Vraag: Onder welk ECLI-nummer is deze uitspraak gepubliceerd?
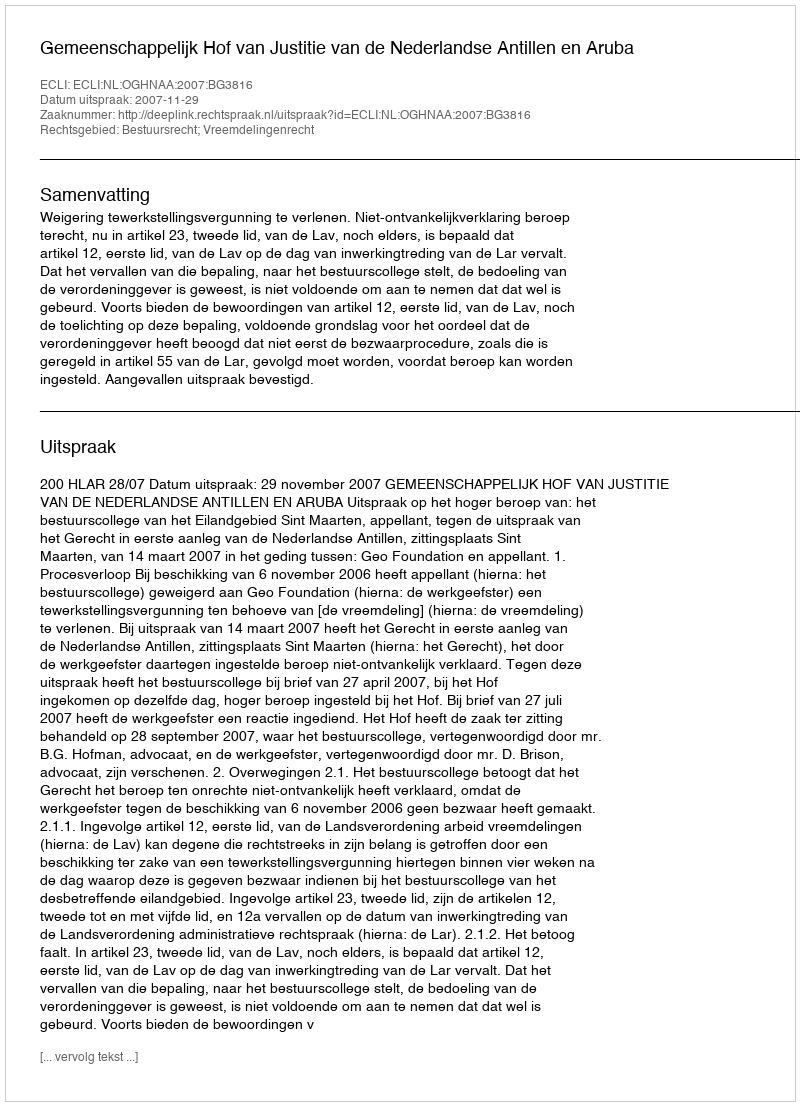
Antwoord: ECLI:NL:OGHNAA:2007:BG3816